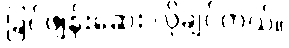
ခြင်ဖျန်းဆေး လိုချင်တယ်။